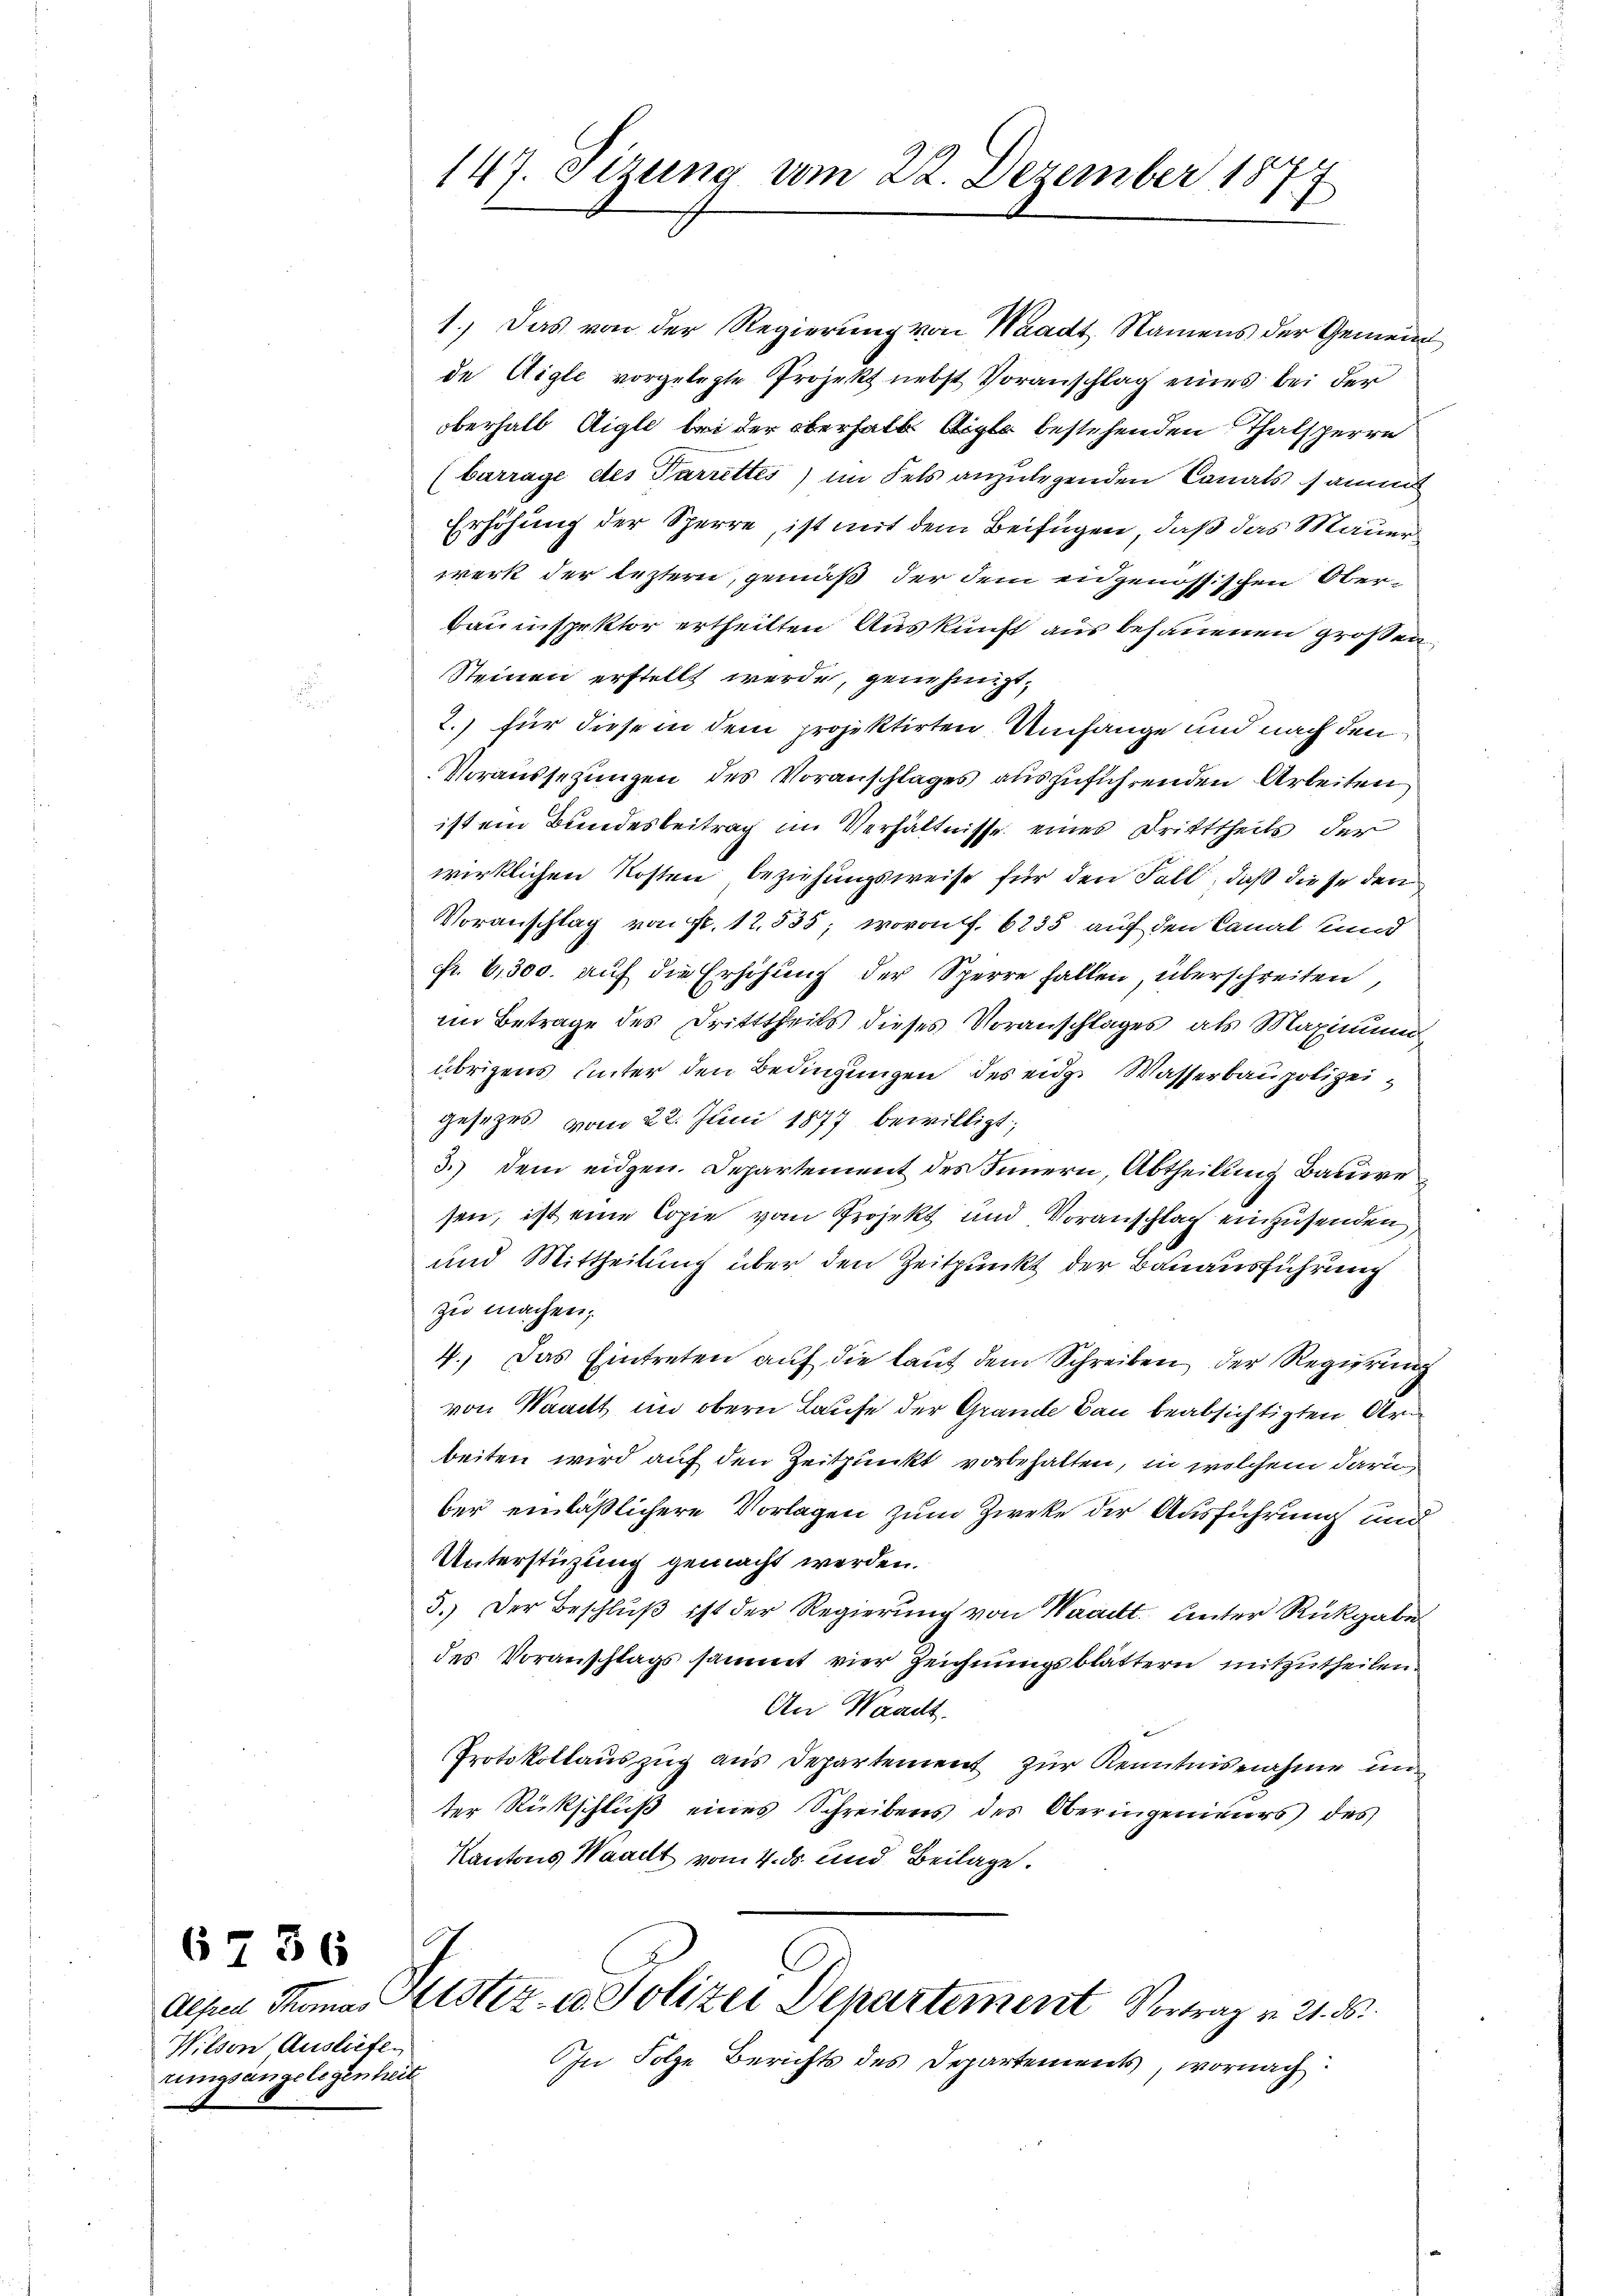
6736
Wilson, Ausliefen
rungsangelegenheit

147. Sizung vom 22. Dezember 18
t

1.) Das von der Regierung von Waadt, Namens der Gemeind
de Aigle vorgelegte Projekt nebst Voranschlag eines bei der
oberhalb Aigle bei der oberhalb Aigle bestehenden Thalsperre
barrage des Parrettes) im Fels anzulegenden Canals sammt
Erhöhung der Sperre, ist mit dem Beifügen, daß das Mauer
werk der leztern, gemäß der dem eidgenössischen Ober¬
Bauinspektor ertheilten Auskunft aus behauenen großen
Steinen erstellt werde, genehmigt.
2.) für diese in dem projektirten Umfange und nach den
Voraussezungen des Voranschlages auszuführenden Arbeiten
ist ein Bundesbeitrag im Verhältnisse eines Dritttheils der
wirklichen Kosten beziehungsweise für den Fall, daß diese den
Voranschlag von fr. 12,535; wovon f. 6235 auf den Canal kund
fr. 6,300. auf die Erhöhung der Sperre fallen, überschreiten,
im Betrage des Dritttheils dieses Voranschlages, als Maximum
übrigens unter den Bedingungen des eidg. Wasserbaupolizeigesezes vom 22. Juni 1877 bewilligt;
3.) Dem eidgen. Departement des Innern, Abtheilung Bauwe
sen, ist eine Copie vom Projekt und Voranschlag einzusenden,
und Mittheilung über den Zeitpunkt der Bauausführung
zu machen;
4.) Das Eintreten auf die laut dem Schreiben der Regierung
von Waadt im obern Laufe der Grande Bau beabsichtigten Arbeiten wird auf den Zeitpunkt vorbehalten, in welchem daru
ber einläßlichere Vorlagen zum Zweke der Ausführung und
Unterstüzung gemacht werden.
5.) Der Beschlŭβ ist der Regierŭng von Waadt ŭnter Rückgabe
des Voranschlags sammt vier Zeichnungsblättern mitzutheilen.
An Waadt.
Protokollauszug aus Departement zur Kenntnisnahme un
ter Rückschluß eines Schreibens des Oberingenieurs des
Kantons Waadt vom 4. ds. und Beilage.

1
C
Alfred Thomas Astiz- u. Polizei Departement Vortrag v. 21. ds.
In Folge Berichts des Departements, wornach: